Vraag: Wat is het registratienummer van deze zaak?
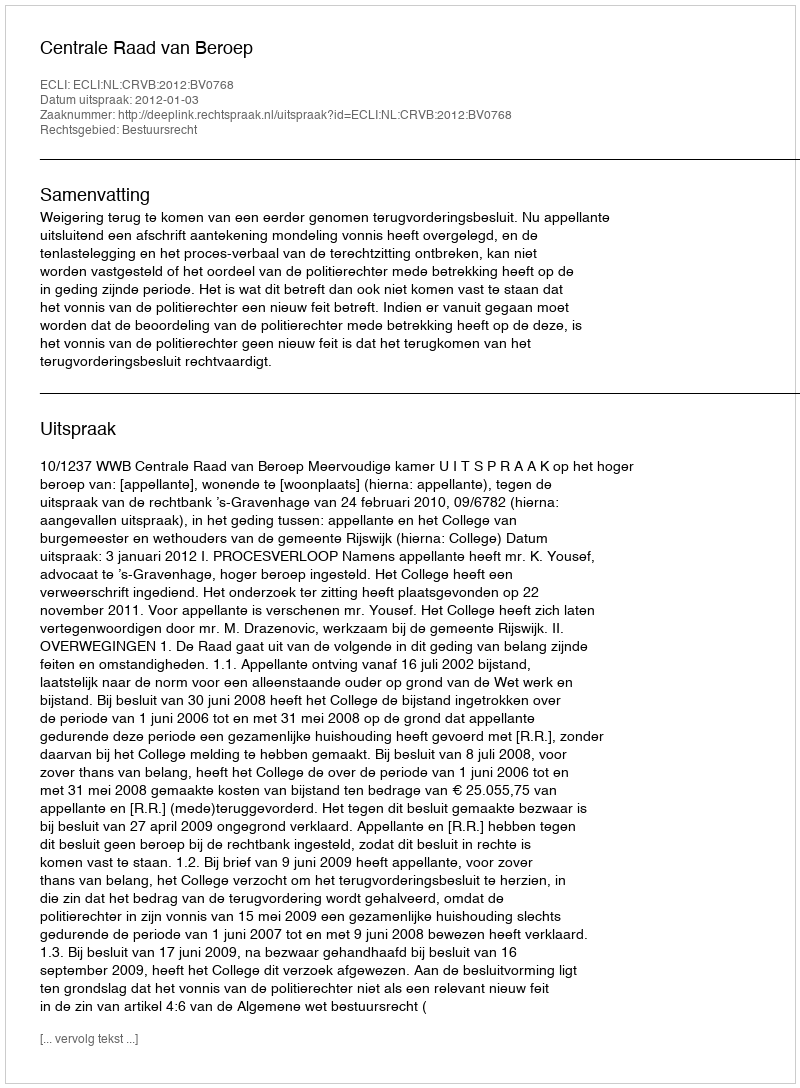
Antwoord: http://deeplink.rechtspraak.nl/uitspraak?id=ECLI:NL:CRVB:2012:BV0768